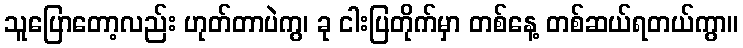
သူပြောတော့လည်း ဟုတ်တာပဲကွ၊ ခု ငါးပြတိုက်မှာ တစ်နေ့ တစ်ဆယ်ရတယ်ကွာ။